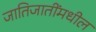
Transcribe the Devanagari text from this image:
जातिजातींमधील